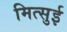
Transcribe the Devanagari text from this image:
मित्‍सुई